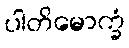
ပါတိမောက္ခံ